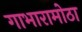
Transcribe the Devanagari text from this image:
गाभारामोठा